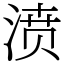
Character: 𣸣